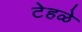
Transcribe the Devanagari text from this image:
टेहळे